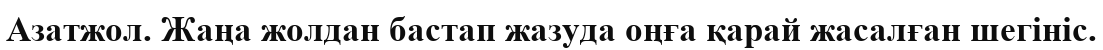
Азатжол. Жаңа жолдан бастап жазуда оңға қарай жасалған шегініс.